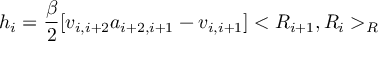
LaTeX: h _ { i } = \frac { \beta } { 2 } [ v _ { i , i + 2 } a _ { i + 2 , i + 1 } - v _ { i , i + 1 } ] < R _ { i + 1 } , R _ { i } > _ { R }